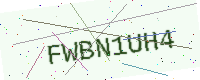
Text: FWBN1UH4